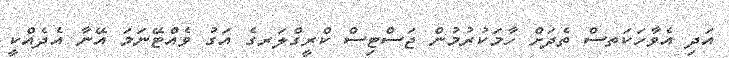
އަދި އެވާހަކަތސް ތެދަށް ހާމަކުރުމުން ޖަސްޓިސް ކްރީގްލަރގެ އަގު ވެއްޓޭނަމަ އޭނާ އެދެއްކީ